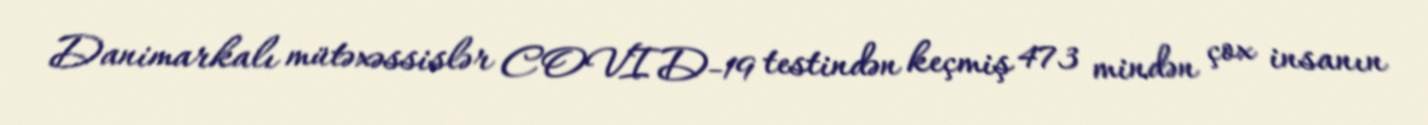
Danimarkalı mütəxəssislər COVID-19 testindən keçmiş 473 mindən çox insanın